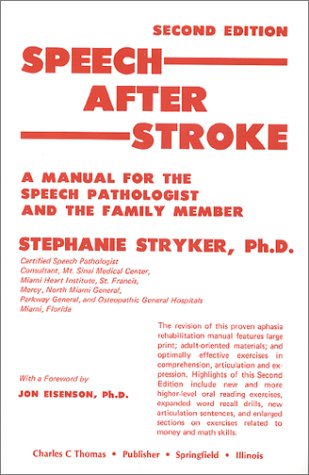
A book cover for Speech After Stroke: A Manual for the Speech Pathologist and the Family Member; Stephanie Stryker; Health, Fitness & Dieting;